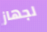
لجهاز